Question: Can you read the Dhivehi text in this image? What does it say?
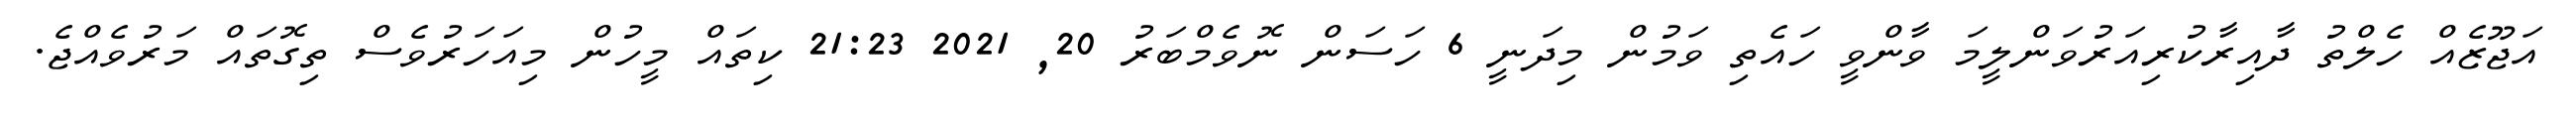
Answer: އަޖޫޒެއް ހެލްތު ދާއިރާކުރިއަރުވަންލީމަ ވާންވީ ހައެތި ވަމުން މިދަނީ 6 ހަސަން ނޮވެމްބަރު 20, 2021 21:23 ކިތައް މީހުން މިއަހަރުވެސް ތިގޮތައް މަރުވެއްޖެ.